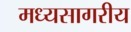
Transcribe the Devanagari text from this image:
मध्यसागरीय